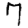
Digit: 7